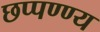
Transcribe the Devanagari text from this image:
छप्पण्ण्य